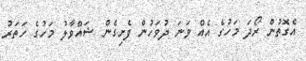
އެގޮތުން ރޯދަ މަހުގެ އެއް ވަނަ ދުވަހުން ފެށިގެން ޝައްވާލު މަހުގެ ހަތަރު